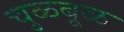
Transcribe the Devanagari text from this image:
चुळबूळ